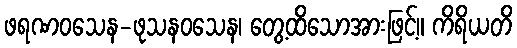
ဖရဏဝသေန-ဖုသနဝသေန၊ တွေ့ထိသောအားဖြင့်။ ကိရိယတိ